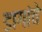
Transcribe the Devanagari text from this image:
डागांचे